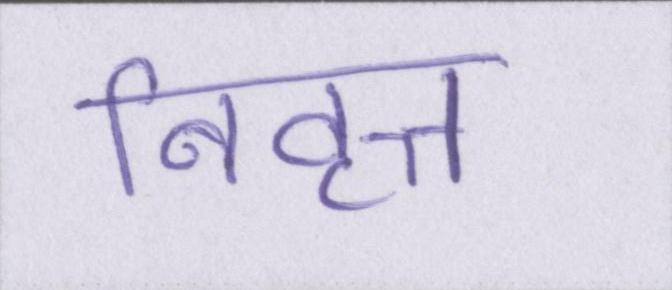
निवृत्त